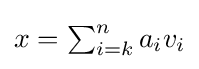
{\textstyle x=\sum _{i=k}^{n}a_{i}v_{i}}